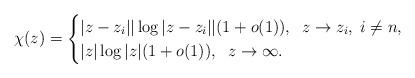
LaTeX: \begin{align*} \chi(z)=\begin{cases}|z-z_{i}||\log|z-z_{i}||(1+ o(1)),\;\;z\rightarrow z_{i},\; i\neq n,\\|z|\log|z|(1 +o(1)),\;\;z\rightarrow\infty.\end{cases}\end{align*}